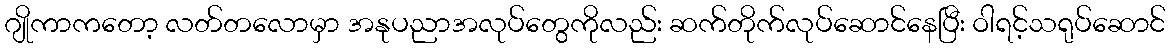
ဂျိုကာကတော့ လတ်တလောမှာ အနုပညာအလုပ်တွေကိုလည်း ဆက်တိုက်လုပ်ဆောင်နေပြီး ဝါရင့်သရုပ်ဆောင်